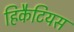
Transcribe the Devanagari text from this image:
हिकैटियस